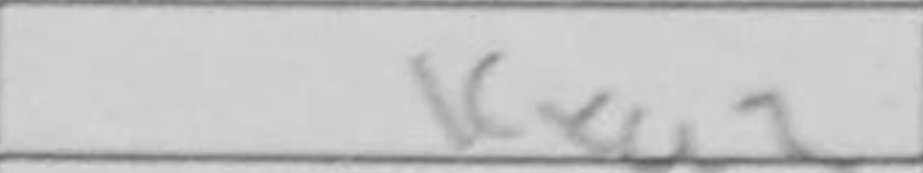
Transcription: Kxa3